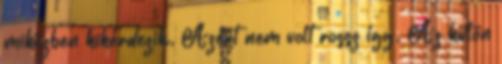
miközben kikérdezik. Azért nem volt rossz így. Az külön